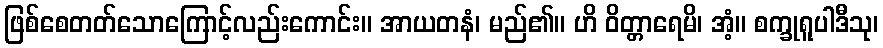
ဖြစ်စေတတ်သောကြောင့်လည်းကောင်း။ အာယတနံ၊ မည်၏။ ဟိ ဝိတ္တာရေမိ၊ အံ့။ စက္ခုရူပါဒီသု၊